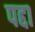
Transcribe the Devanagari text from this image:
पद्दा